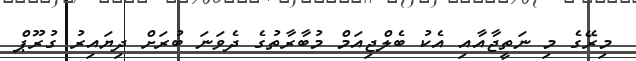
މިރޭގެ މި ނަތީޖާއާއި އެކު ބެލްޖިއަމް މުބާރާތުގެ ދެވަނަ ބުރަށް ދިޔައިރު ގުރޫޕް